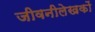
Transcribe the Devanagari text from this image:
जीवनीलेखकों